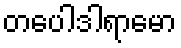
တပေါဒါရာမော